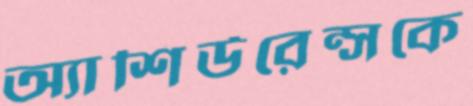
অ্যাশিউরেন্সকে